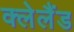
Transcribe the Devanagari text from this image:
क्लेलैंड